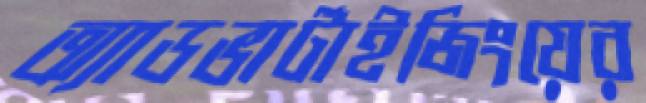
অ্যাডভার্টাইজিংয়ের